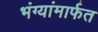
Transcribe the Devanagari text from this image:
भंग्यांमार्फत